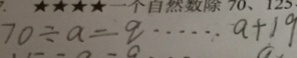
7 0 \div a = q \cdots a + 1 9